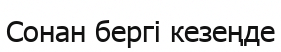
Сонан бергі кезеңде